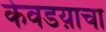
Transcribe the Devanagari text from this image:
केवडय़ाचा